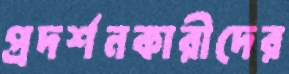
প্রদর্শনকারীদের